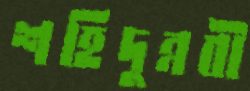
শহিদুন্নবী